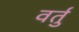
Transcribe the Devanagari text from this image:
वर्तु